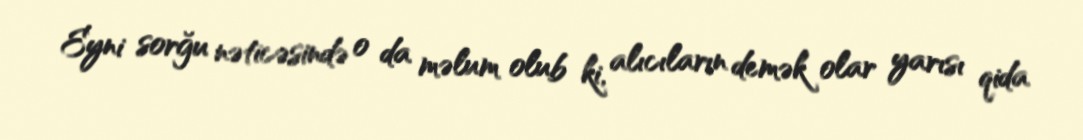
Eyni sorğu nəticəsində o da məlum olub ki, alıcıların demək olar yarısı qida